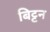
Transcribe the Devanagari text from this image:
बिट्टन